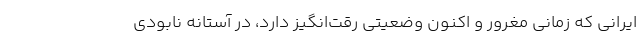
ایرانی که زمانی مغرور و اکنون وضعیتی رقت‌انگیز دارد، در آستانه نابودی